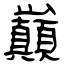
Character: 巔